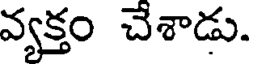
వ్యక్తం చేశాడు.